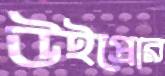
উইপ্রোর